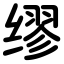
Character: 缪